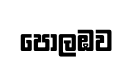
පොලඹව